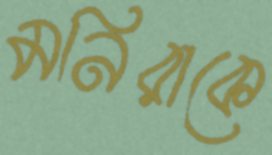
মনিরাকে